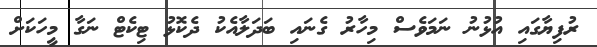
ރުފިޔާގައި އުޅުނު ނަމަވެސް މިހާރު ގެނައި ބަދަލާއެކު ދެކޮޅު ޓިކެޓް ނަގާ މީހަކަށް